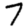
Digit: 7